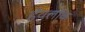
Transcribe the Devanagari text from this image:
हॅवलॉक